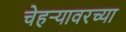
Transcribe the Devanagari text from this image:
चेहर्‍यावरच्या